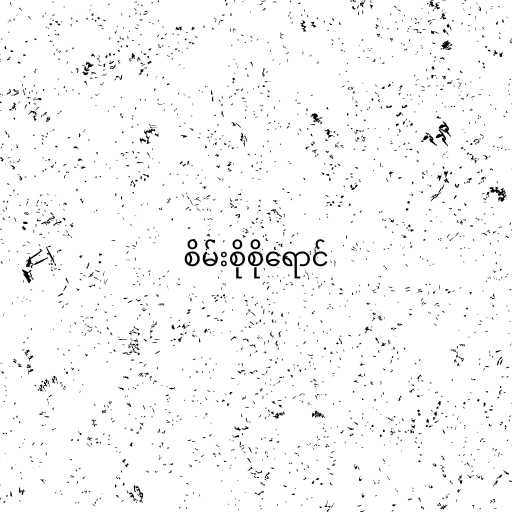
စိမ်းစိုစိုရောင်